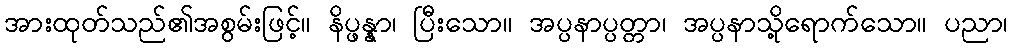
အားထုတ်သည်၏အစွမ်းဖြင့်။ နိပ္ဖန္နာ၊ ပြီးသော။ အပ္ပနာပ္ပတ္တာ၊ အပ္ပနာသို့ရောက်သော။ ပညာ၊